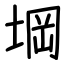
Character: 堈